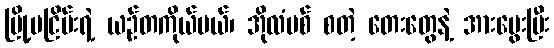
မြို့မငြိမ်းရဲ့ ယဉ်တကိုယ်မယ်၊ အိုလံပစ် စတဲ့ တေးတွေနဲ့ အားမွေးပြီး